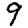
Digit: 9